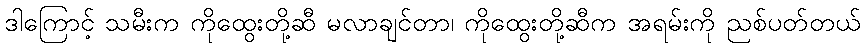
ဒါကြောင့် သမီးက ကိုထွေးတို့ဆီ မလာချင်တာ၊ ကိုထွေးတို့ဆီက အရမ်းကို ညစ်ပတ်တယ်